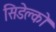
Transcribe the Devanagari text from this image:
सिडेल्को